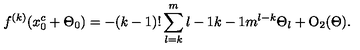
f ^ { ( k ) } ( x _ { 0 } ^ { c } + \Theta _ { 0 } ) = - ( k - 1 ) ! \sum _ { l = k } ^ { m } { \binom { l - 1 } { k - 1 } } m ^ { l - k } \Theta _ { l } + { \mathrm { O } } _ { 2 } ( \Theta ) .